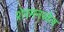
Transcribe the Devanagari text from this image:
शेरमनखेल